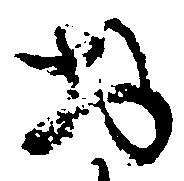
於